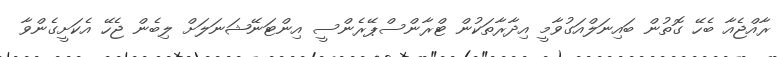
ރާއްޖެއާ ބެހޭ ގޮތުން ބައިނަލްއަގުވާމީ އިދާރާތަކުން ޓްރާންސްޕޭރެންސީ އިންޓަނޭޝަނަލަށް ލިބެން ޖެހޭ އެކަށީގެންވާ